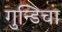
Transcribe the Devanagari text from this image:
गुन्डिचा